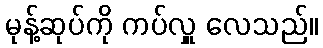
မုန့်ဆုပ်ကို ကပ်လှူ လေသည်။